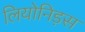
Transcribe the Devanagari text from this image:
लियोनिड़स